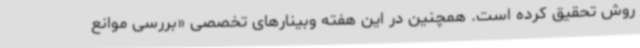
روش تحقیق کرده است. همچنین در این هفته وبینارهای تخصصی «بررسی موانع